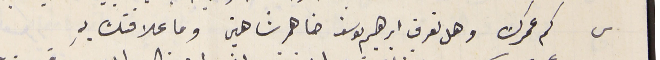
س كم عمرك وهل تعرف ابرهيم ىوسف ضاهر شاهين وما علاقتك بهِ